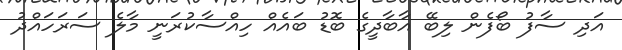
އަދި ސާފު ބޯފެން ލިބޭ އާބާދީގެ ބޮޑު ބައެއް ހިއްސާކުރަނީ މާލެ ސަރަހައްދު